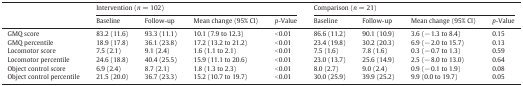
| <ROWSPAN=2>  | <COLSPAN=4> Intervention (n = 102) | <COLSPAN=4> Comparison (n = 21) |
 | Baseline | Follow-up | Mean change (95% CI) | p-Value | Baseline | Follow-up | Mean change (95% CI) | p-Value |
 | --- | --- | --- | --- | --- | --- | --- | --- | --- |
 | GMQ score | 83.2 (11.6) | 93.3 (11.1) | 10.1 (7.9 to 12.3) | < 0.01 | 86.6 (11.2) | 90.1 (10.9) | 3.6 (− 1.3 to 8.4) | 0.15 |
 | GMQ percentile | 18.9 (17.8) | 36.1 (23.8) | 17.2 (13.2 to 21.2) | < 0.01 | 23.4 (19.8) | 30.2 (20.3) | 6.9 (− 2.0 to 15.7) | 0.13 |
 | Locomotor score | 7.5 (2.1) | 9.1 (2.4) | 1.6 (1.1 to 2.1) | < 0.01 | 7.5 (1.6) | 7.8 (1.6) | 0.3 (− 0.7 to 1.3) | 0.59 |
 | Locomotor percentile | 24.6 (18.8) | 40.4 (25.5) | 15.9 (11.1 to 20.6) | < 0.01 | 23.0 (13.7) | 25.6 (14.9) | 2.5 (− 8.0 to 13.0) | 0.64 |
 | Object control score | 6.9 (2.4) | 8.7 (2.1) | 1.8 (1.3 to 2.3) | < 0.01 | 8.0 (2.7) | 9.0 (2.4) | 0.9 (− 0.1 to 1.9) | 0.08 |
 | Object control percentile | 21.5 (20.0) | 36.7 (23.3) | 15.2 (10.7 to 19.7) | < 0.01 | 30.0 (25.9) | 39.9 (25.2) | 9.9 (0.0 to 19.7) | 0.05 |